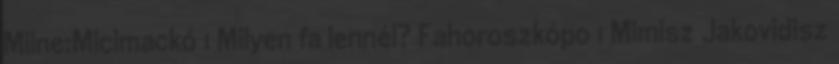
Milne:Micimackó 1 Milyen fa lennél? Fahoroszkópo 1 Mimisz Jakovidisz